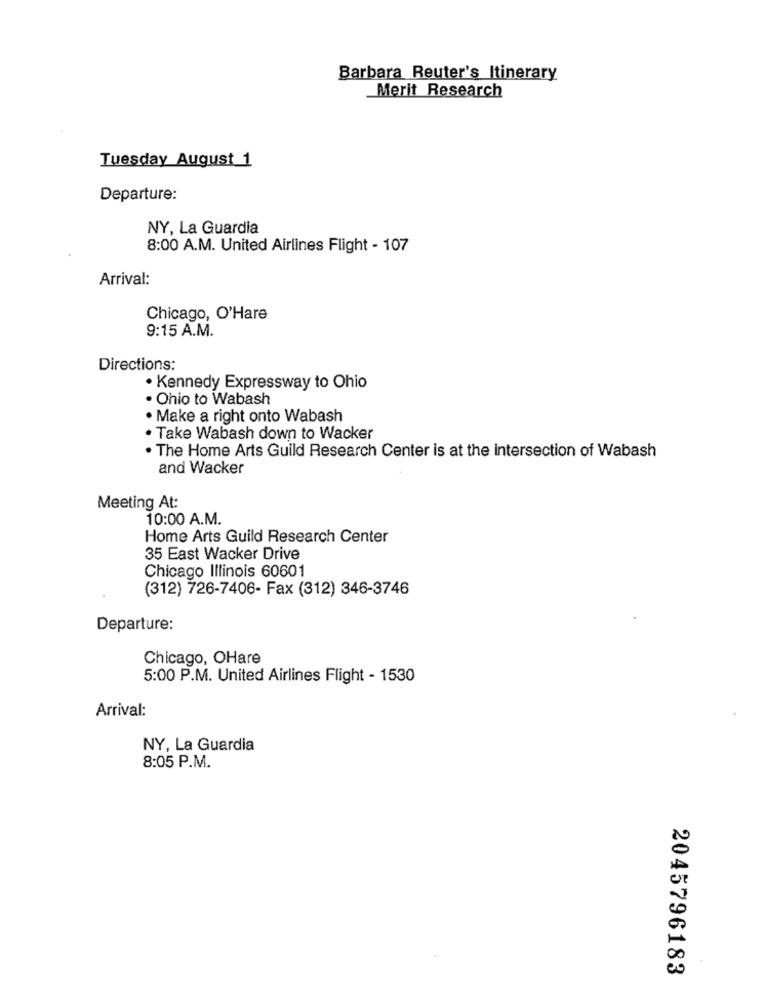
Barbara Reuter's Itinerary
Merit Research
Tuesday August 1
Departure:
NY, La Guardia
8:00 A.M. United Airlines Flight - 107
Arrival:
Chicago, O'Hare
9:15 A.M.
Directions:
· Kennedy Expressway to Ohio
· Ohio to Wabash
· Make a right onto Wabash
· Take Wabash down to Wacker
. The Home Arts Guild Research Center is at the intersection of Wabash
and Wacker
Meeting At:
10:00 A.M.
Home Arts Guild Research Center
35 East Wacker Drive
Chicago Illinois 60601
(312) 726-7406- Fax (312) 346-3746
Departure:
Chicago, OHare
5:00 P.M. United Airlines Flight - 1530
Arrival:
NY, La Guardia
8:05 P.M.
2045796183